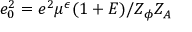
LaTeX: e _ { 0 } ^ { 2 } = e ^ { 2 } \mu ^ { \epsilon } ( 1 + E ) / Z _ { \phi } Z _ { A }